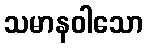
သမာနဝါသော